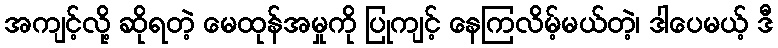
အကျင့်လို့ ဆိုရတဲ့ မေထုန်အမှုကို ပြုကျင့် နေကြလိမ့်မယ်တဲ့၊ ဒါပေမယ့် ဒီ